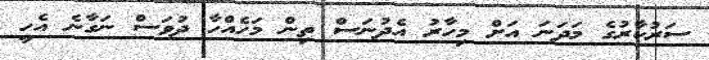
ސަރުކާރުގެ މަދަނަ އަށް މިހާރު އެދުނަސް ތިން މަހެއްހާ ދުވަސް ނަގާނެ އެހީ